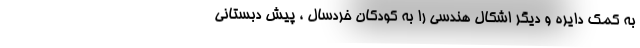
به کمک دایره و دیگر اشکال هندسی را به کودکان خردسال ، پیش دبستانی